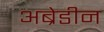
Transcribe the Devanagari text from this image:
अब्रेडीन